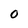
Character: 0